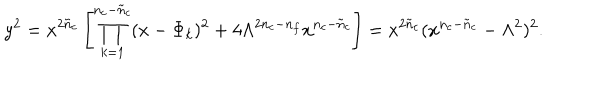
y ^ { 2 } = x ^ { 2 \tilde { n } _ { c } } \left[ \prod _ { k = 1 } ^ { n _ { c } - \tilde { n } _ { c } } ( x - \Phi _ { k } ) ^ { 2 } + 4 \Lambda ^ { 2 n _ { c } - n _ { f } } x ^ { n _ { c } - \tilde { n } _ { c } } \right] = x ^ { 2 { \tilde { n } } _ { c } } ( x ^ { n _ { c } - { \tilde { n } } _ { c } } - \Lambda ^ { 2 } ) ^ { 2 } .